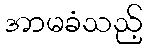
အာမခံသည့်